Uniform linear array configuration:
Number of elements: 12
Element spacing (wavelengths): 0.25
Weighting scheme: cosine
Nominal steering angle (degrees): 15
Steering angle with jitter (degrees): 15.418
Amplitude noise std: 0.05
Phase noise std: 0.05

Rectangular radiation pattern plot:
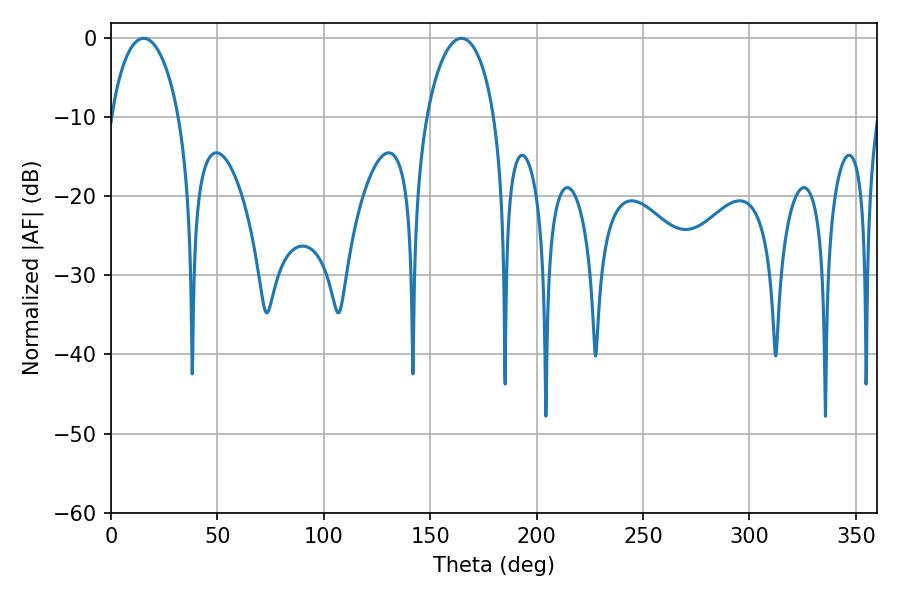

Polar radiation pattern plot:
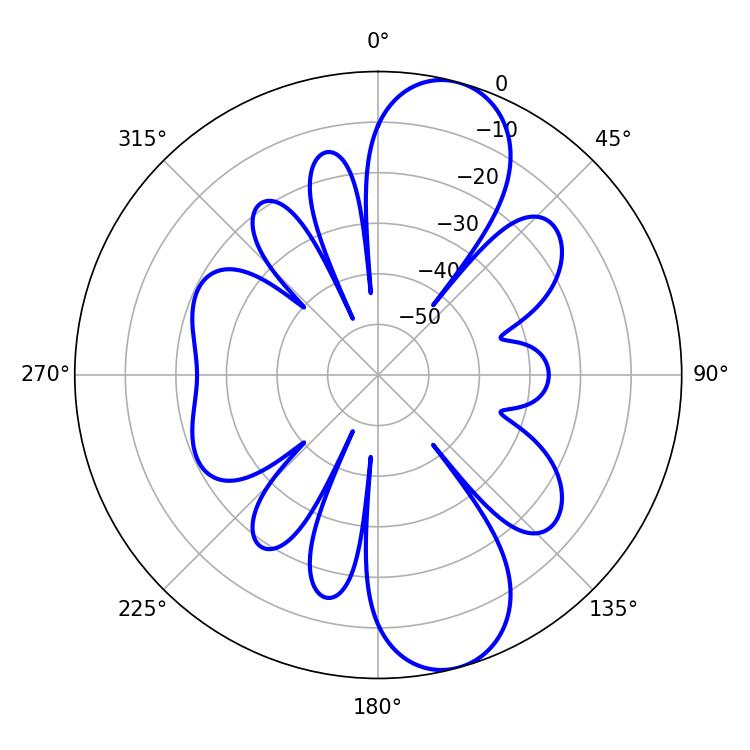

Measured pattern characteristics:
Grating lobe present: FALSE
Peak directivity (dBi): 10.451
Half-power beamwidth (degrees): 18.18
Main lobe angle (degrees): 15.3